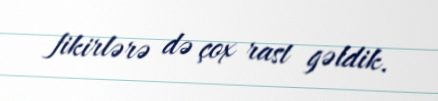
fikirlərə də çox rast gəldik.